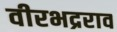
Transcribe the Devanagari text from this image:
वीरभद्रराव